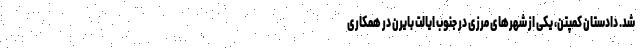
شد. دادستان کمپتن، یکی از شهرهای مرزی در جنوب ایالت بایرن در همکاری